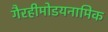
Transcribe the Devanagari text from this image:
गैरहीमोडयनामिक